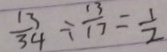
\frac { 1 3 } { 3 4 } \div \frac { 1 3 } { 1 7 } = \frac { 1 } { 2 }